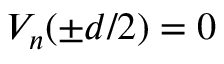
V _ { n } ( \pm d / 2 ) = 0